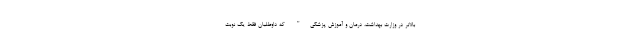
بالاتر در وزارت بهداشت، درمان و آموزش پزشکی" که داوطلبان فقط یک نوبت